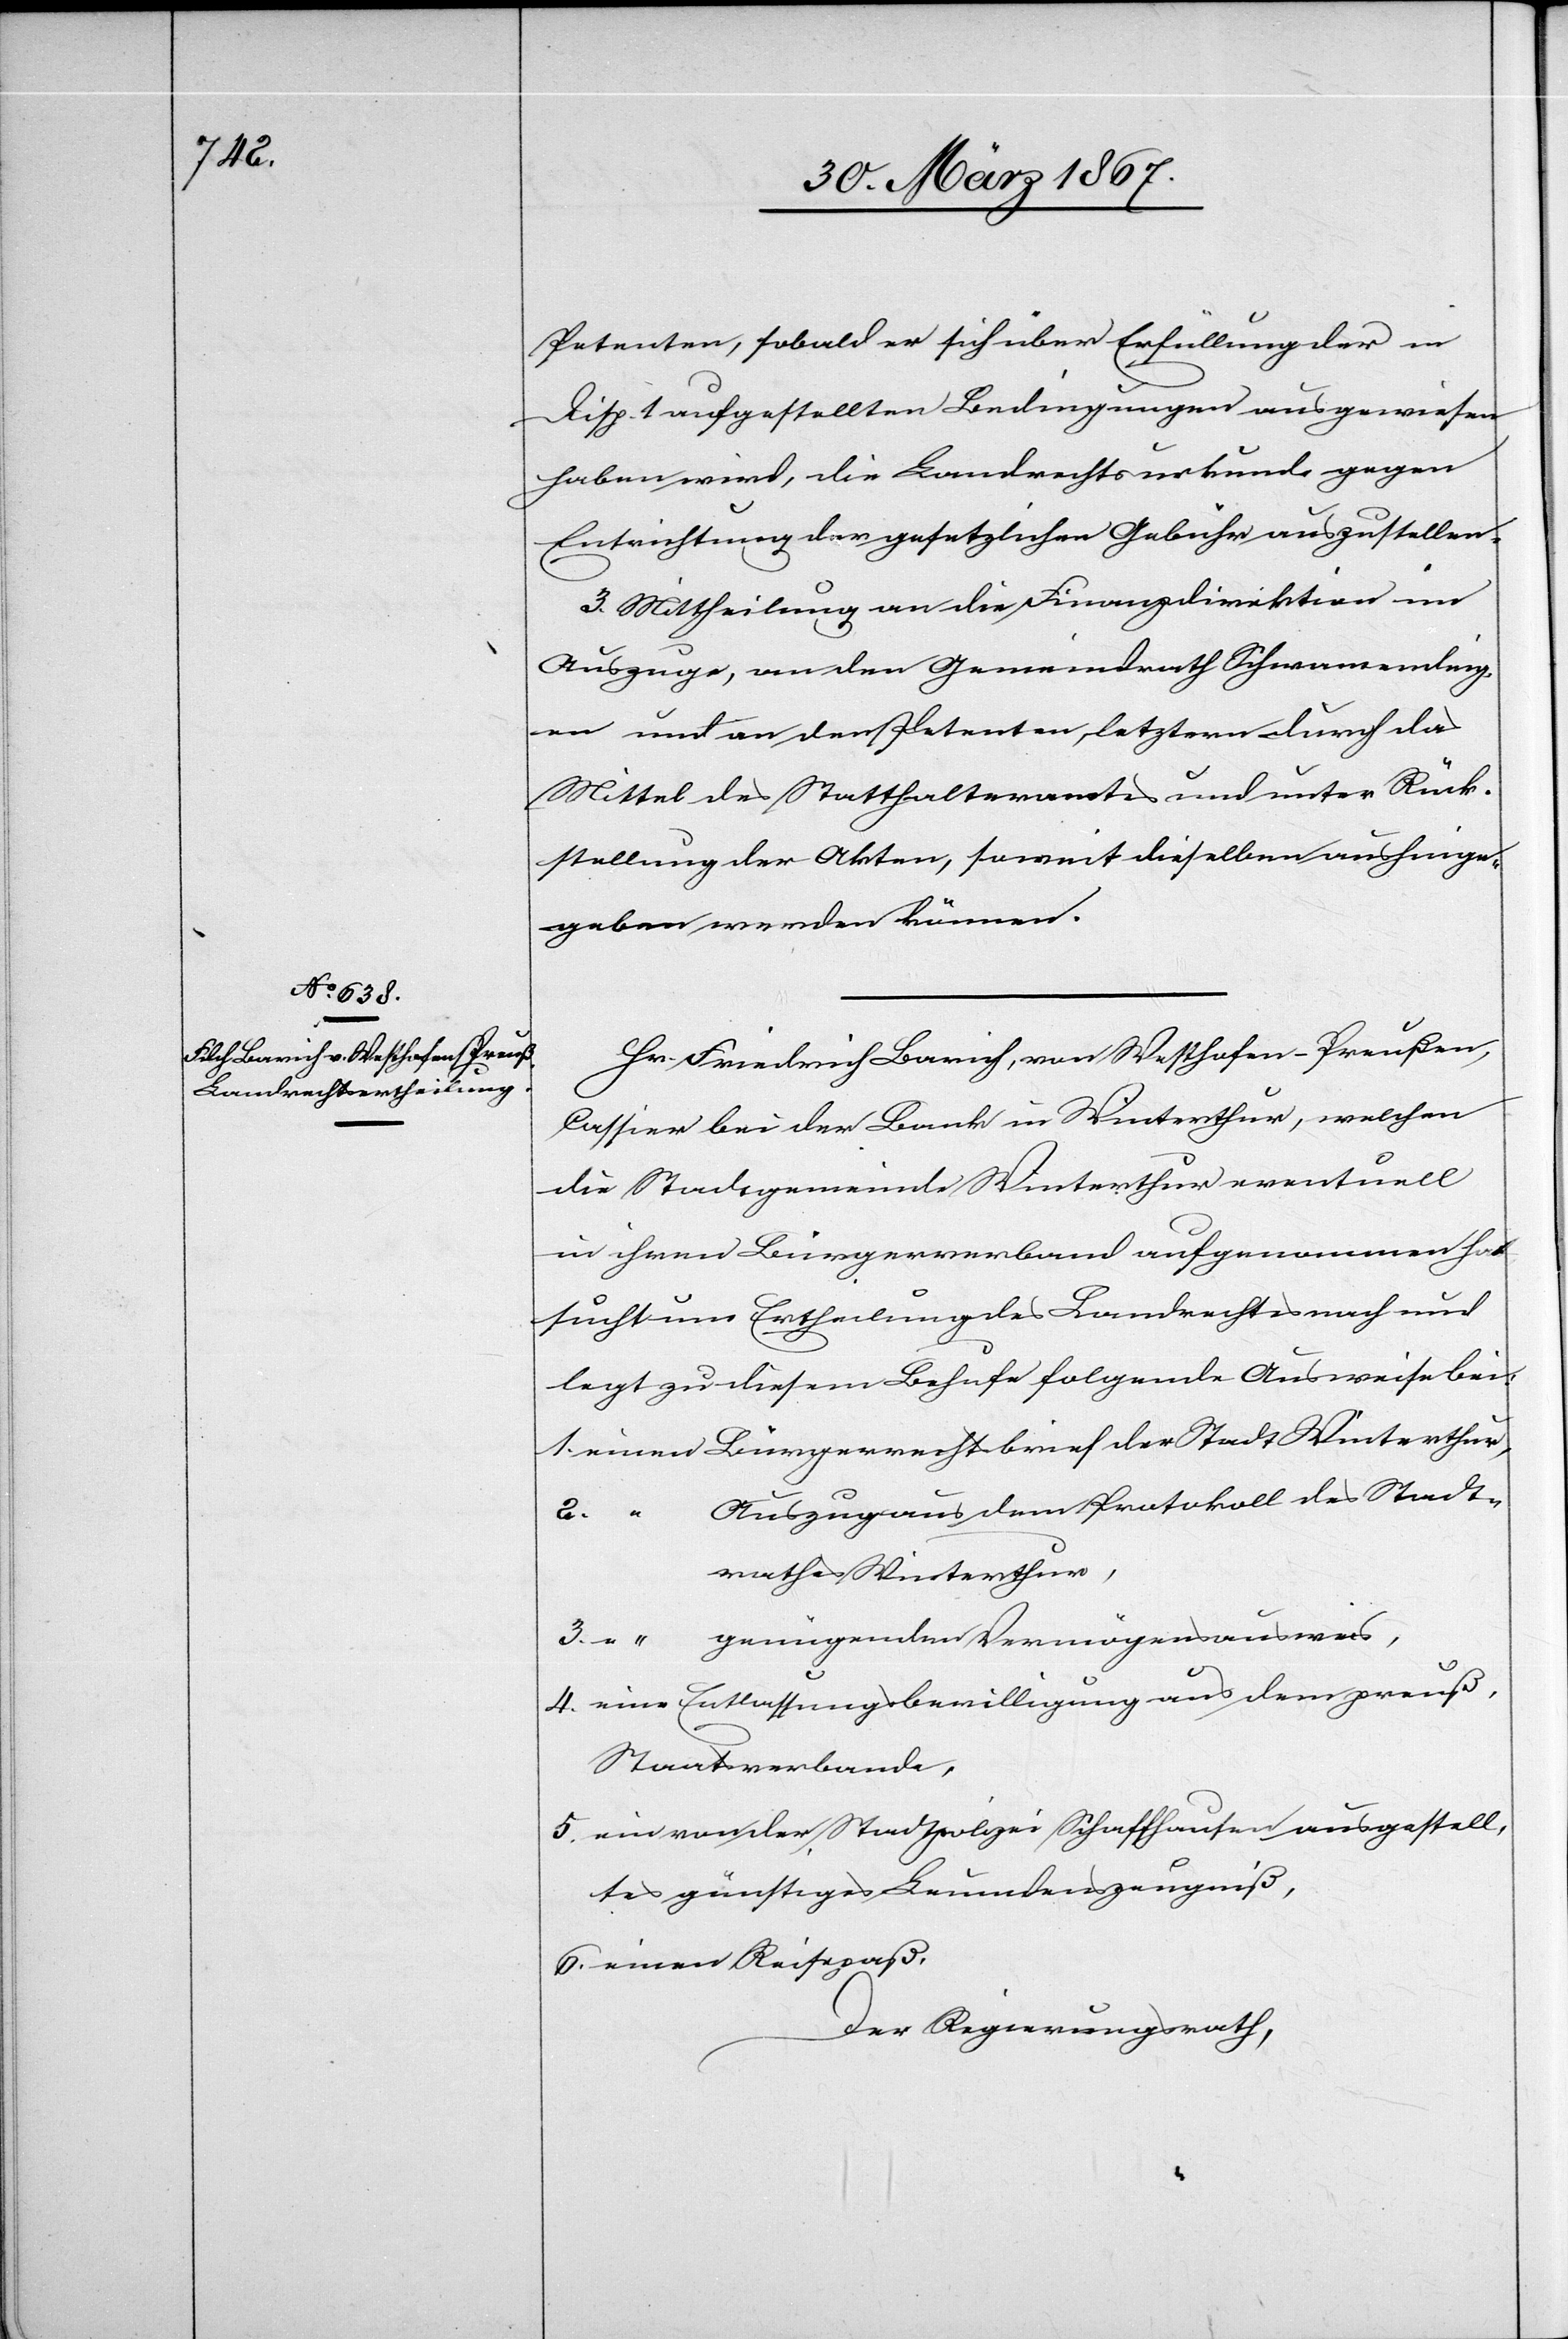
Petenten, sobald er sich über Erfüllung der in
Disp. 1 aufgestellten Bedingungen ausgewiesen
haben wird, die Landrechtsurkunde gegen
Entrichtung der gesetzlichen Gebühr auszustellen.
3. Mittheilung an die Finanzdirektion im
Auszuge, an den Gemeindrath Schwamending¬
en und an den Petenten, letztern durch das
Mittel des Statthalteramtes und unter Rück¬
sendung der Akten, soweit dieselben aushinge¬
geben werden können.
Hr. Friedrich Barich, von Westhofen-Preußen,
Cassier bei der Bank in Winterthur, welchen
die Stadtgemeinde Winterthur eventuell
in ihren Bürgerverband aufgenommen hat,
sucht um Ertheilung des Landrechtes nach und
legt zu diesem Behufe folgende Ausweise bei:
1.	einen Bürgerrechtsbrief der Stadt Winterthur,
Auszug aus dem Protokoll des Stadt¬
rathes Winterthur,
3.	 “ genügenden Vermögensausweis,
4.	eine Entlassungsbewilligung aus dem preuß.
Staatsverbande,
5.	ein von der Stadtpolizei Schaffhausen ausgestell¬
tes günstiges Leumdenszeugniß,
6. 	einen Reisepaß.
Der Regierungsrath,